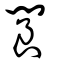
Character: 閬